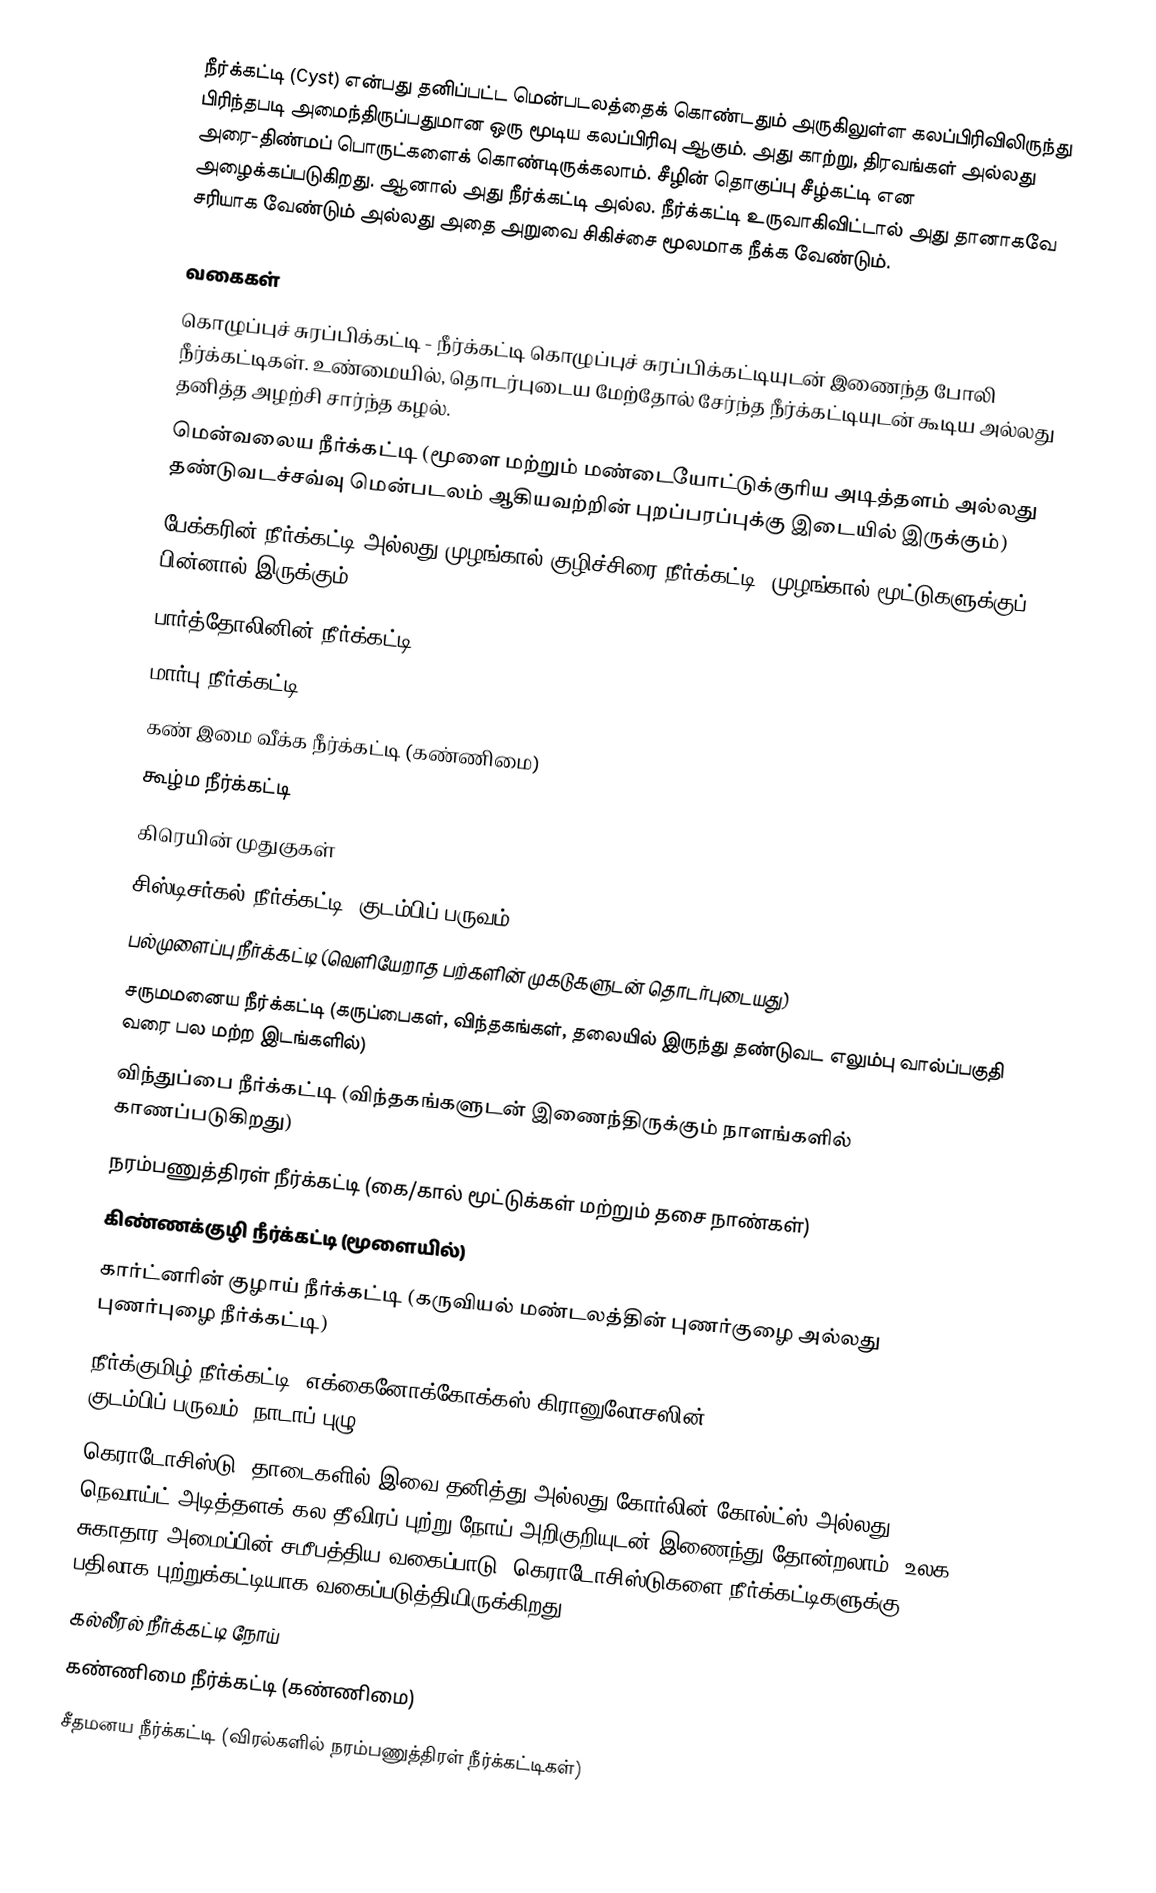
நீர்க்கட்டி (Cyst) என்பது தனிப்பட்ட மென்படலத்தைக் கொண்டதும் அருகிலுள்ள கலப்பிரிவிலிருந்து பிரிந்தபடி அமைந்திருப்பதுமான ஒரு மூடிய கலப்பிரிவு ஆகும். அது காற்று, திரவங்கள் அல்லது அரை-திண்மப் பொருட்களைக் கொண்டிருக்கலாம். சீழின் தொகுப்பு சீழ்கட்டி என அழைக்கப்படுகிறது. ஆனால் அது நீர்க்கட்டி அல்ல. நீர்க்கட்டி உருவாகிவிட்டால் அது தானாகவே சரியாக வேண்டும் அல்லது அதை அறுவை சிகிச்சை மூலமாக நீக்க வேண்டும்.

வகைகள்
 கொழுப்புச் சுரப்பிக்கட்டி - நீர்க்கட்டி கொழுப்புச் சுரப்பிக்கட்டியுடன் இணைந்த போலி நீர்க்கட்டிகள். உண்மையில், தொடர்புடைய மேற்தோல் சேர்ந்த நீர்க்கட்டியுடன் கூடிய அல்லது தனித்த அழற்சி சார்ந்த கழல்.
 மென்வலைய நீர்க்கட்டி (மூளை மற்றும் மண்டையோட்டுக்குரிய அடித்தளம் அல்லது தண்டுவடச்சவ்வு மென்படலம் ஆகியவற்றின் புறப்பரப்புக்கு இடையில் இருக்கும்)
 பேக்கரின் நீர்க்கட்டி அல்லது முழங்கால் குழிச்சிரை நீர்க்கட்டி (முழங்கால் மூட்டுகளுக்குப் பின்னால் இருக்கும்)
 பார்த்தோலினின் நீர்க்கட்டி
 மார்பு நீர்க்கட்டி
 கண் இமை வீக்க நீர்க்கட்டி (கண்ணிமை)
 கூழ்ம நீர்க்கட்டி
 கிரெயின் முதுகுகள்
 சிஸ்டிசர்கல் நீர்க்கட்டி (குடம்பிப் பருவம்)
 பல்முளைப்பு நீர்க்கட்டி (வெளியேறாத பற்களின் முகடுகளுடன் தொடர்புடையது)
 சருமமனைய நீர்க்கட்டி (கருப்பைகள், விந்தகங்கள், தலையில் இருந்து தண்டுவட எலும்பு வால்ப்பகுதி வரை பல மற்ற இடங்களில்)
 விந்துப்பை நீர்க்கட்டி (விந்தகங்களுடன் இணைந்திருக்கும் நாளங்களில் காணப்படுகிறது)
 நரம்பணுத்திரள் நீர்க்கட்டி (கை/கால் மூட்டுக்கள் மற்றும் தசை நாண்கள்)
 கிண்ணக்குழி நீர்க்கட்டி (மூளையில்)
 கார்ட்னரின் குழாய் நீர்க்கட்டி (கருவியல் மண்டலத்தின் புணர்குழை அல்லது புணர்புழை நீர்க்கட்டி)
 நீர்க்குமிழ் நீர்க்கட்டி (எக்கைனோக்கோக்கஸ் கிரானுலோசஸின் (Echinococcus granulosus) குடம்பிப் பருவம் (நாடாப் புழு))
 கெராடோசிஸ்டு (தாடைகளில் இவை தனித்து அல்லது கோர்லின்-கோல்ட்ஸ் அல்லது நெவாய்ட் அடித்தளக் கல தீவிரப் புற்று நோய் அறிகுறியுடன் இணைந்து தோன்றலாம். உலக சுகாதார அமைப்பின் சமீபத்திய வகைப்பாடு, கெராடோசிஸ்டுகளை நீர்க்கட்டிகளுக்கு பதிலாக புற்றுக்கட்டியாக வகைப்படுத்தியிருக்கிறது)
 கல்லீரல் நீர்க்கட்டி நோய்
 கண்ணிமை நீர்க்கட்டி (கண்ணிமை)
 சீதமனய நீர்க்கட்டி (விரல்களில் நரம்பணுத்திரள் நீர்க்கட்டிகள்)